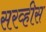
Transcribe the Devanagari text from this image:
सरव्हीस